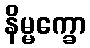
နိမ္မက္ခော